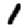
Digit: 1